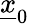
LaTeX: \underline{{x}}_{0}